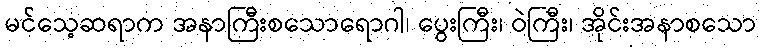
မင်သေ့ဆရာက အနာကြီးစသောရောဂါ၊ ပွေးကြီး၊ ဝဲကြီး၊ အိုင်းအနာစသော